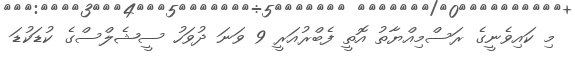
މި ކައިވެނީގެ ރަސްމިއްޔާތު އޮތީ ފެބްރުއަރީ 9 ވަނަ ދުވަހު ސީޝެލްސްގެ ކުޑަކުޑަ